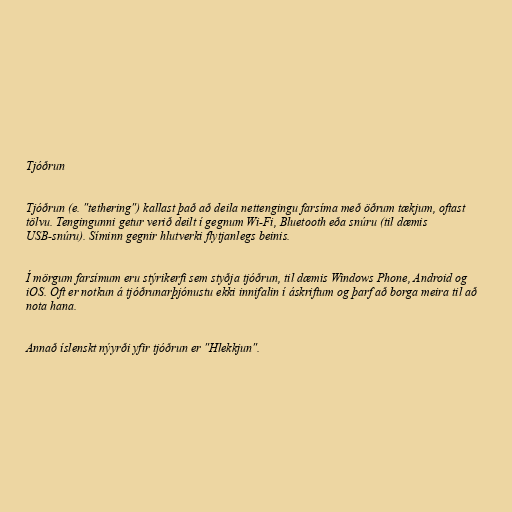
Tjóðrun

Tjóðrun (e. "tethering") kallast það að deila nettengingu farsíma með öðrum tækjum, oftast
tölvu. Tengingunni getur verið deilt í gegnum Wi-Fi, Bluetooth eða snúru (til dæmis
USB-snúru). Síminn gegnir hlutverki flytjanlegs beinis.

Í mörgum farsímum eru stýrikerfi sem styðja tjóðrun, til dæmis Windows Phone, Android og
iOS. Oft er notkun á tjóðrunarþjónustu ekki innifalin í áskriftum og þarf að borga meira til að
nota hana.

Annað íslenskt nýyrði yfir tjóðrun er "Hlekkjun".